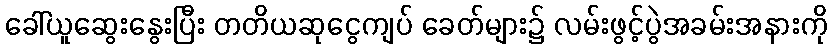
ခေါ်ယူဆွေးနွေးပြီး တတိယဆုငွေကျပ် ခေတ်များ၌ လမ်းဖွင့်ပွဲအခမ်းအနားကို